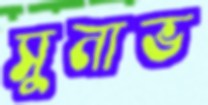
সুনাভ